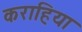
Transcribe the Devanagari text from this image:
कराहिया